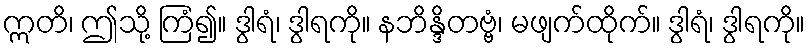
ဣတိ၊ ဤသို့ ကြံ၍။ ဒွါရံ၊ ဒွါရကို။ နဘိန္ဒိတဗ္ဗံ၊ မဖျက်ထိုက်။ ဒွါရံ၊ ဒွါရကို။